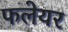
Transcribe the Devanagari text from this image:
फलेयर